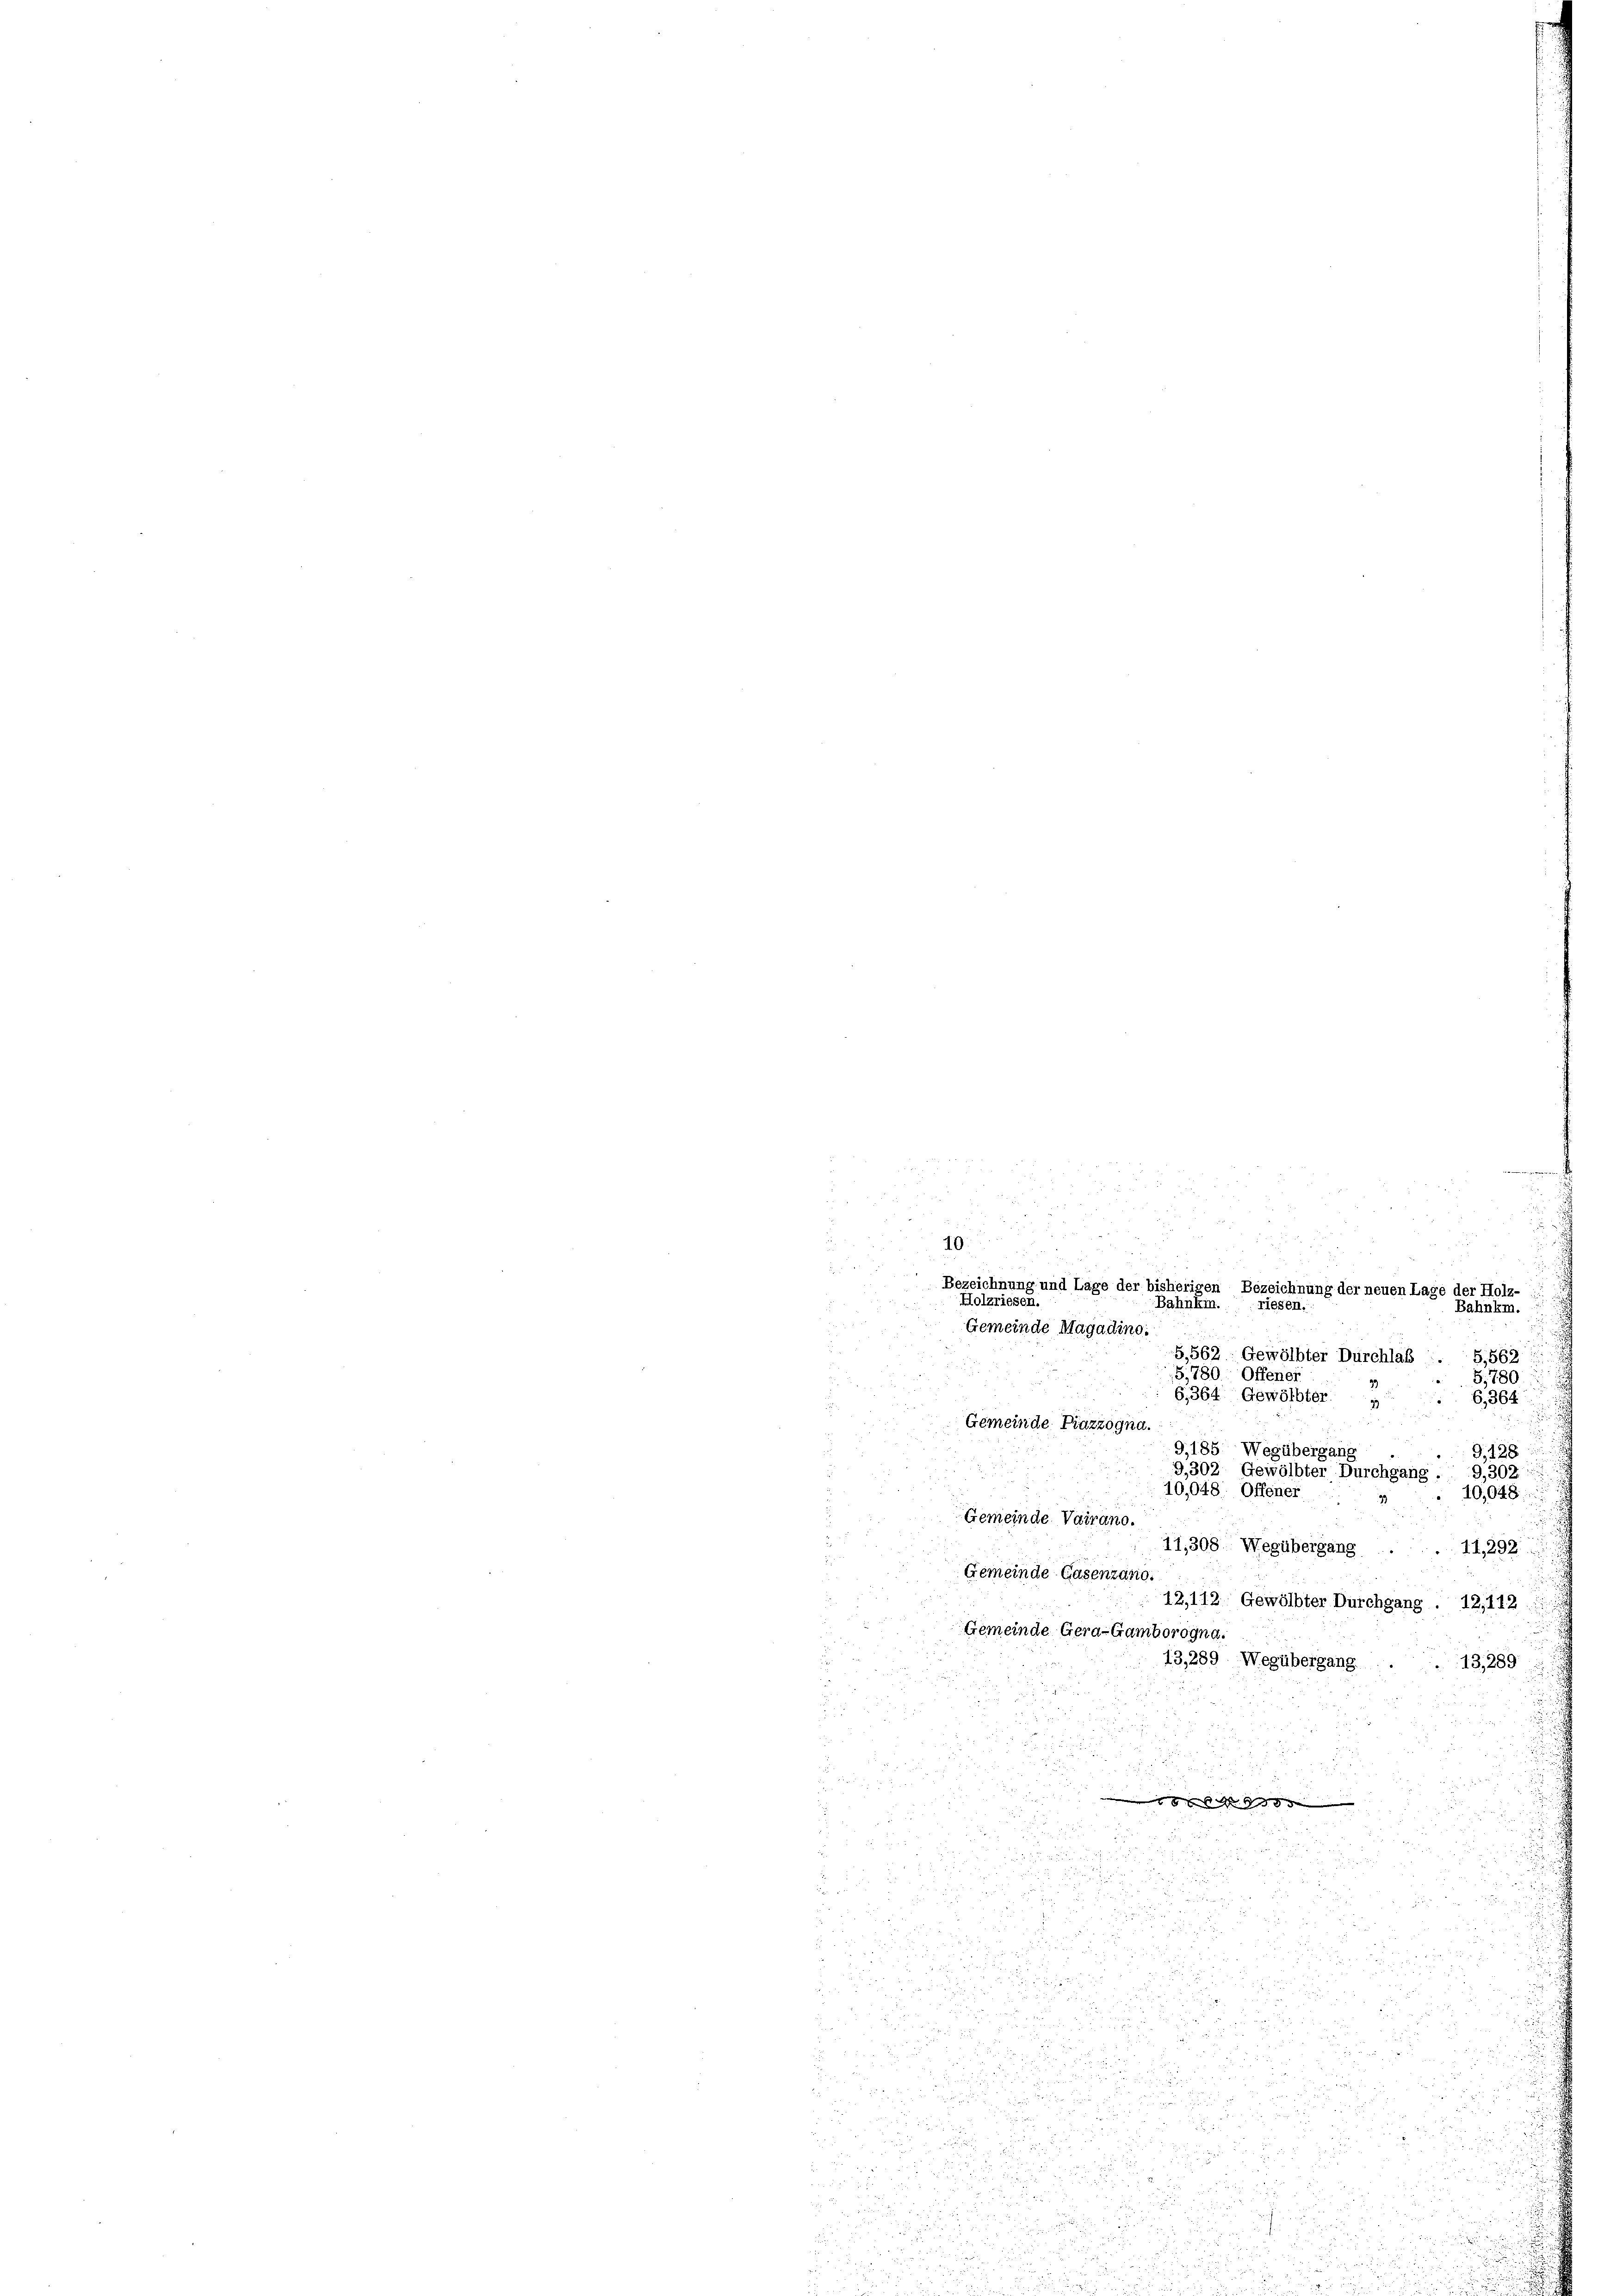
10.

.
i
Bezeichnung und Lage der bisherigen Bezeichnung der neuen Lage der Holz-
Holzriesen.
Bahnkm. riesen.
Gemeinde Magadino.
5,562 Gewölbter Durchlas
G,562
5,780; Offener
G,780.
6,364. Gewölbter
6,364
Gemeinde Piazzogna.
9,185. Wegübergang
9.128
9,302 Gewölbter Durchgang . 9,302:
" 10,048.
Gemeinde Vairano.
11,308. Wegübergang.
11,292
Gemeinde Gasenzano.
12,112. Gewölbter Durchgang . 12,112.
Gemeinde Gera-Gamborogna.
13,289. Wegübergang
13, 289
.
1
.

10,048. Offener

Bahnkm.